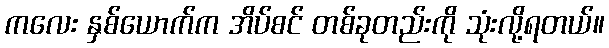
ကလေး နှစ်ယောက်က အိပ်စင် တစ်ခုတည်းကို သုံးလို့ရတယ်။